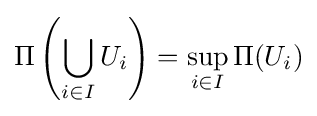
\Pi \left(\bigcup _{i\in I}U_{i}\right)=\sup _{i\in I}\Pi (U_{i})